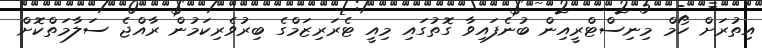
އިތުރަށް ހޯމް މިނިސްޓްރީއިން ބުނެފައިވާ ގޮތުގައި މިއީ ޓެރަރިޒަމްގެ ބިރުވެރިކަމުން ރާއްޖެ ސަލާމަތްކޮށް